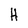
Character: H